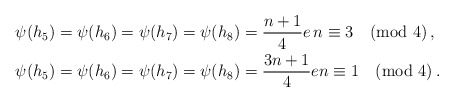
\begin{align*} \psi(h_5)&=\psi(h_6)=\psi(h_7)=\psi(h_8)=\frac{n+1}{4}e \, n\equiv 3 \pmod{4}\,, \\ \psi(h_5)&=\psi(h_6)=\psi(h_7)=\psi(h_8)=\frac{3n+1}{4}e n\equiv 1 \pmod{4}\,. \end{align*}